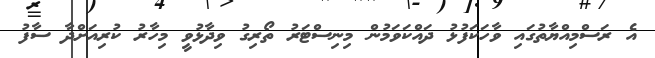
އެ ރަސްމިއްޔާތުގައި ވާހަކަފުޅު ދައްކަވަމުން މިިނިސްޓަރު ތޯރިގު ވިދާޅުވީ މިހާރު ކުރިއަށްދާ ސާފު